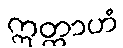
ဣတ္ထာဟံ